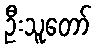
ဦးသူတော်